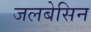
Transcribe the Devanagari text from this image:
जलबेसिन